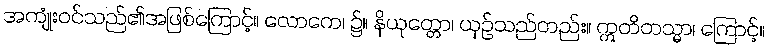
အကျုံးဝင်သည်၏အဖြစ်ကြောင့်။ လောကေ၊ ၌။ နိယုတ္တော၊ ယှဉ်သည်တည်း။ ဣတိတသ္မာ၊ ကြောင့်။